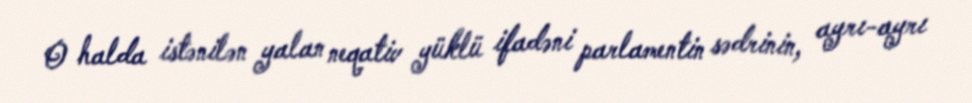
O halda istənilən yalan neqativ yüklü ifadəni parlamentin sədrinin, ayrı-ayrı